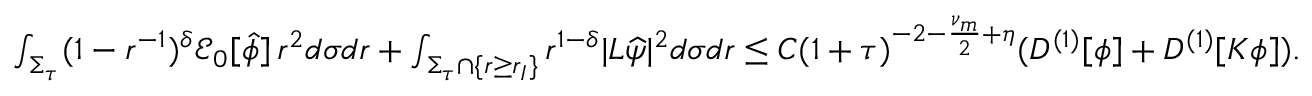
\begin{array} { r } { \int _ { \Sigma _ { \tau } } ( 1 - r ^ { - 1 } ) ^ { \delta } \mathcal { E } _ { 0 } [ \widehat { \phi } ] \, r ^ { 2 } d \sigma d r + \int _ { \Sigma _ { \tau } \cap \{ r \geq r _ { I } \} } r ^ { 1 - \delta } | L \widehat { \psi } | ^ { 2 } d \sigma d r \leq C ( 1 + \tau ) ^ { - 2 - \frac { \nu _ { m } } { 2 } + \eta } ( D ^ { ( 1 ) } [ \phi ] + D ^ { ( 1 ) } [ K \phi ] ) . } \end{array}